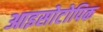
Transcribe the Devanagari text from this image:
आइसोटोपिक